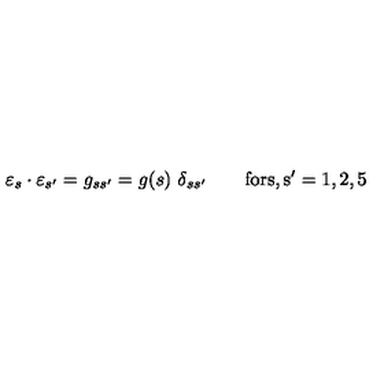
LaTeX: \varepsilon _ { s } \cdot \varepsilon _ { s ^ { \prime } } = g _ { s s ^ { \prime } } = g ( s ) \ \delta _ { s s ^ { \prime } } \qquad \mathrm { f o r s , s ' = 1 , 2 , 5 }